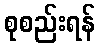
စုစည်းရန်